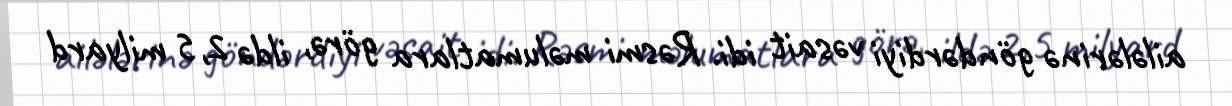
ailələrinə göndərdiyi vəsait idi. Rəsmi məlumatlara görə, ildə 2,5 milyard